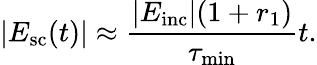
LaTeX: |E_{\mathrm{sc}}(t)|\approx\frac{|E_{\mathrm{inc}}|(1+r_{1})}{\tau_{\mathrm{min}}}t.